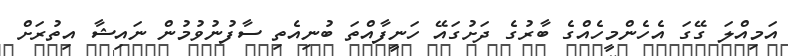
އަމިއްލަ ގޭގަ އެހެންމީހެއްގެ ބާރުގެ ދަށުގައޭ ހަނީފާއްތަ ބުނިއެތި ސާފުނުުވުމުން ނައިޝާ އިތުރަށް